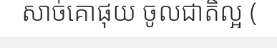
សាច់គោផុយ ចូលជាតិល្អ (